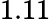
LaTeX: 1.11